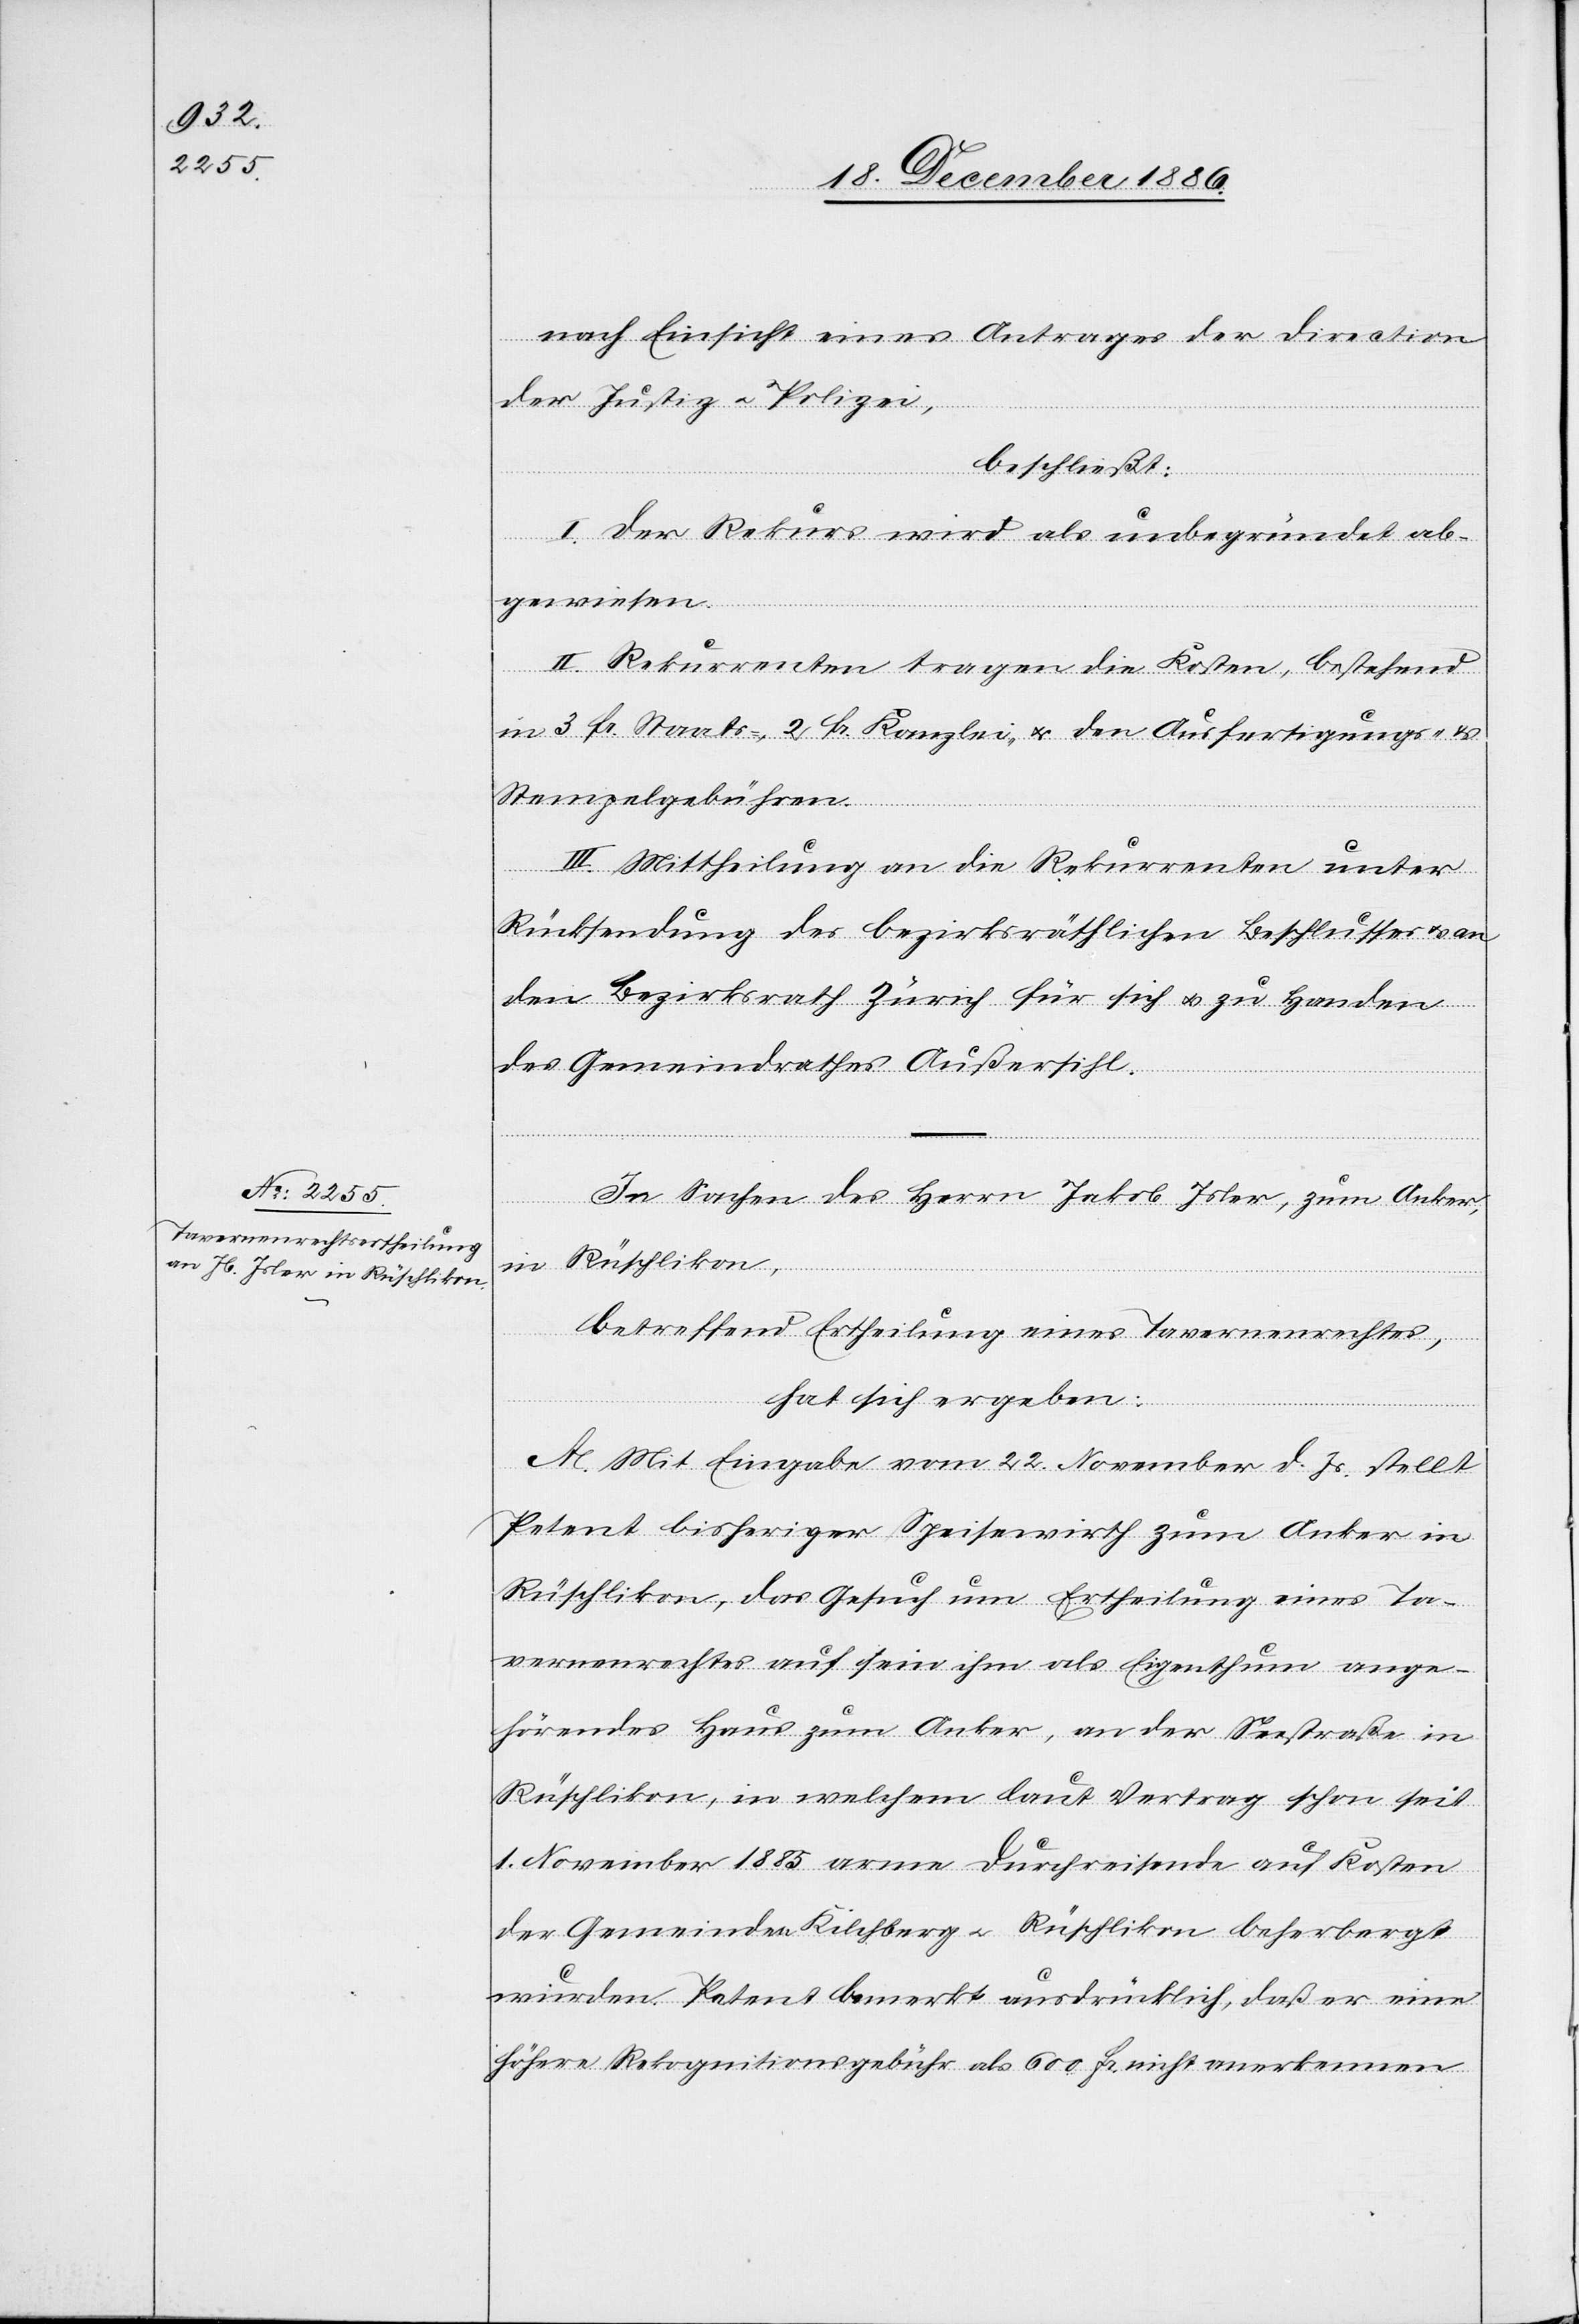
nach Einsicht eines Antrages der Direction
der Justiz & Polizei,
beschließt:
I. Der Rekurs wird als unbegründet ab¬
gewiesen.
II. Rekurrenten tragen die Kosten, bestehend
in 3 Fr. Staats-, 2 Fr. Kanzlei- & den Ausfertigungs- &
Stempelgebühren.
III. Mittheilung an die Rekurrenten unter
Rücksendung des bezirksräthlichen Beschlusses & an
den Bezirksrath Zürich für sich & zu Handen
des Gemeindrathes Außersihl.
In Sachen des Herrn Jakob Isler, zum Anker,
in Rüschlikon,
betreffend Ertheilung eines Tavernenrechtes,
hat sich ergeben:
A. Mit Eingabe vom 22. November d. Js. stellt
Petent bisheriger Speisewirth zum Anker in
Rüschlikon, das Gesuch um Ertheilung eines Ta¬
vernenrechtes auf sein ihm als Eigenthum ange¬
hörendes Haus zum Anker, an der Seestraße in
Rüschlikon, in welchem laut Vertrag schon seit
1. November 1885 arme Durchreisende auf Kosten
der Gemeinden Kilchberg & Rüschlikon beherbergt
wurden. Petent bemerkt ausdrücklich, daß er eine
höhere Rekognitionsgebühr als 600 Fr. nicht anerkennen